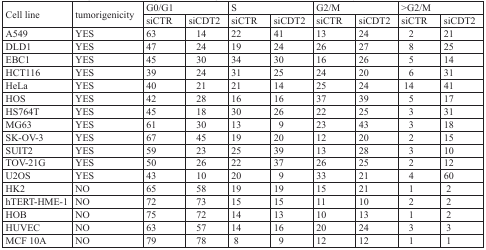
<table><thead><tr><td rowspan="2"><b>Cell line</b></td><td rowspan="2"><b>tumorigenicity</b></td><td colspan="2"><b>G0/G1</b></td><td colspan="2"><b>S</b></td><td colspan="2"><b>G2/M</b></td><td colspan="2"><b>&gt;G2/M</b></td></tr><tr><td><b>siCTR</b></td><td><b>siCDT2</b></td><td><b>siCTR</b></td><td><b>siCDT2</b></td><td><b>siCTR</b></td><td><b>siCDT2</b></td><td><b>siCTR</b></td><td><b>siCDT2</b></td></tr></thead><tbody><tr><td>A549</td><td>YES</td><td>63</td><td>14</td><td>22</td><td>41</td><td>13</td><td>24</td><td>2</td><td>21</td></tr><tr><td>DLD1</td><td>YES</td><td>47</td><td>24</td><td>19</td><td>24</td><td>26</td><td>27</td><td>8</td><td>25</td></tr><tr><td>EBC1</td><td>YES</td><td>45</td><td>30</td><td>34</td><td>30</td><td>16</td><td>26</td><td>5</td><td>14</td></tr><tr><td>HCT116</td><td>YES</td><td>39</td><td>24</td><td>31</td><td>25</td><td>24</td><td>20</td><td>6</td><td>31</td></tr><tr><td>HeLa</td><td>YES</td><td>40</td><td>21</td><td>21</td><td>14</td><td>25</td><td>24</td><td>14</td><td>41</td></tr><tr><td>HOS</td><td>YES</td><td>42</td><td>28</td><td>16</td><td>16</td><td>37</td><td>39</td><td>5</td><td>17</td></tr><tr><td>HS764T</td><td>YES</td><td>45</td><td>18</td><td>30</td><td>26</td><td>22</td><td>25</td><td>3</td><td>31</td></tr><tr><td>MG63</td><td>YES</td><td>61</td><td>30</td><td>13</td><td>9</td><td>23</td><td>43</td><td>3</td><td>18</td></tr><tr><td>SK-OV-3</td><td>YES</td><td>67</td><td>45</td><td>19</td><td>20</td><td>12</td><td>20</td><td>2</td><td>15</td></tr><tr><td>SUIT2</td><td>YES</td><td>59</td><td>23</td><td>25</td><td>39</td><td>13</td><td>28</td><td>3</td><td>10</td></tr><tr><td>TOV-21G</td><td>YES</td><td>50</td><td>26</td><td>22</td><td>37</td><td>26</td><td>25</td><td>2</td><td>12</td></tr><tr><td>U2OS</td><td>YES</td><td>43</td><td>10</td><td>20</td><td>9</td><td>33</td><td>21</td><td>4</td><td>60</td></tr><tr><td>HK2</td><td>NO</td><td>65</td><td>58</td><td>19</td><td>19</td><td>15</td><td>21</td><td>1</td><td>2</td></tr><tr><td>hTERT-HME-1</td><td>NO</td><td>72</td><td>73</td><td>15</td><td>15</td><td>11</td><td>10</td><td>2</td><td>2</td></tr><tr><td>HOB</td><td>NO</td><td>75</td><td>72</td><td>14</td><td>13</td><td>10</td><td>13</td><td>1</td><td>2</td></tr><tr><td>HUVEC</td><td>NO</td><td>63</td><td>57</td><td>14</td><td>16</td><td>20</td><td>24</td><td>3</td><td>3</td></tr><tr><td>MCF 10A</td><td>NO</td><td>79</td><td>78</td><td>8</td><td>9</td><td>12</td><td>12</td><td>1</td><td>1</td></tr></tbody></table>